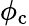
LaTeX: \phi_{\mathrm{c}}